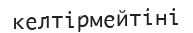
келтірмейтіні